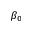
\beta _ { 0 }